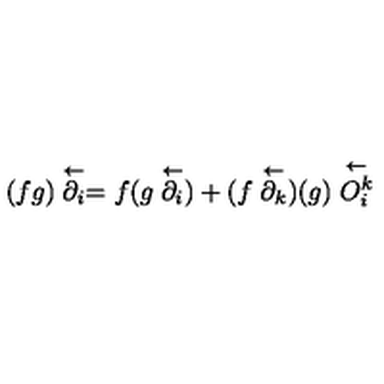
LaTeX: ( f g ) \stackrel \leftarrow { \partial _ { i } } = f ( g \stackrel \leftarrow { \partial _ { i } } ) + ( f \stackrel \leftarrow { \partial _ { k } } ) ( g ) \stackrel \leftarrow { O _ { i } ^ { k } }